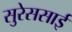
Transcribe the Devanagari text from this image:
सुरेससाई